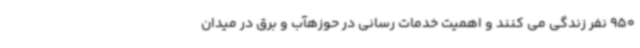
950 نفر زندگی می کنند و اهمیت خدمات رسانی در حوزهآب و برق در میدان